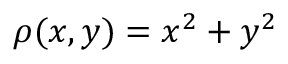
\rho ( x , y ) = x ^ { 2 } + y ^ { 2 }